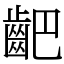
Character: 䶕